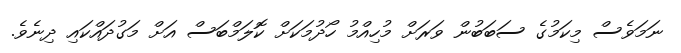
ނަމަވެސް މިކަމުގެ ސަބަބުން ވަރަށް މުހިއްމު ހޯދުމަކަށް ކޮލަމްބަސް އަށް މަގުދައްކައި ދިނެވެ.